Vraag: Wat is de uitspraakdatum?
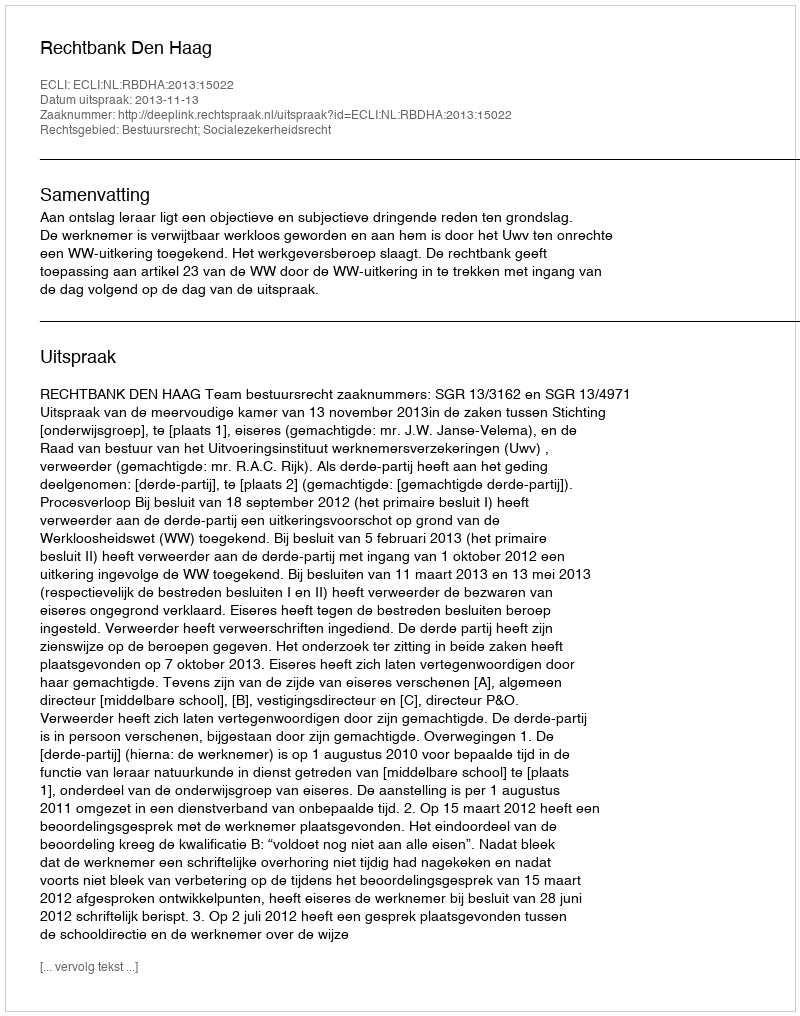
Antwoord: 2013-11-13